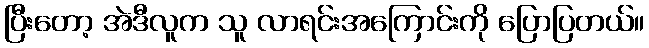
ပြီးတော့ အဲဒီလူက သူ လာရင်းအကြောင်းကို ပြောပြတယ်။